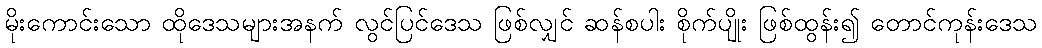
မိုးကောင်းသော ထိုဒေသများအနက် လွင်ပြင်ဒေသ ဖြစ်လျှင် ဆန်စပါး စိုက်ပျိုး ဖြစ်ထွန်း၍ တောင်ကုန်းဒေသ